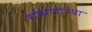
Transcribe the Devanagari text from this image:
शोभणाऱ्या